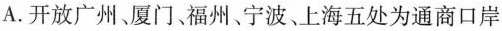
A.开放广州。厦门、福州、宁波、上海五处为通商口岸